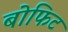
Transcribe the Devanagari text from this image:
बोफिट